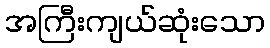
အကြီးကျယ်ဆုံးသော